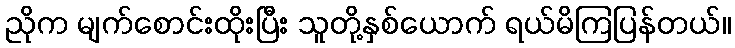
ညိုက မျက်စောင်းထိုးပြီး သူတို့နှစ်ယောက် ရယ်မိကြပြန်တယ်။